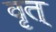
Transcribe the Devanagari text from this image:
वृत्